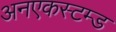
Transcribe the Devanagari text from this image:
अनएकस्टम्ड